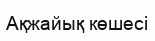
Ақжайық көшесі